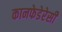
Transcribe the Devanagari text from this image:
कानफेडेरेसी